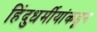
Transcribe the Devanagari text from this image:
हिंदुधर्मीयांकडून